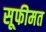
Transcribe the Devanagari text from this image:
सूफीमत